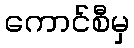
ကောင်စီမှ